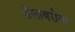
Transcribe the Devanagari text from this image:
तेलाबरोबर